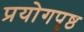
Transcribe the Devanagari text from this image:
प्रयोगपृष्ठ